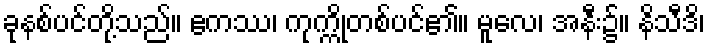
ခုနစ်ပင်တို့သည်။ ဧကဿ၊ ကုက္ကိုတစ်ပင်၏။ မူလေ၊ အနီး၌။ နိသီဒိ၊